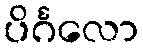
ပိင်္ဂလော